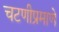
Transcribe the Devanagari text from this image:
चटणीप्रमाणे